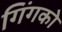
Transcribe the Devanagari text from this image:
गिंगको